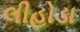
લીહોડા